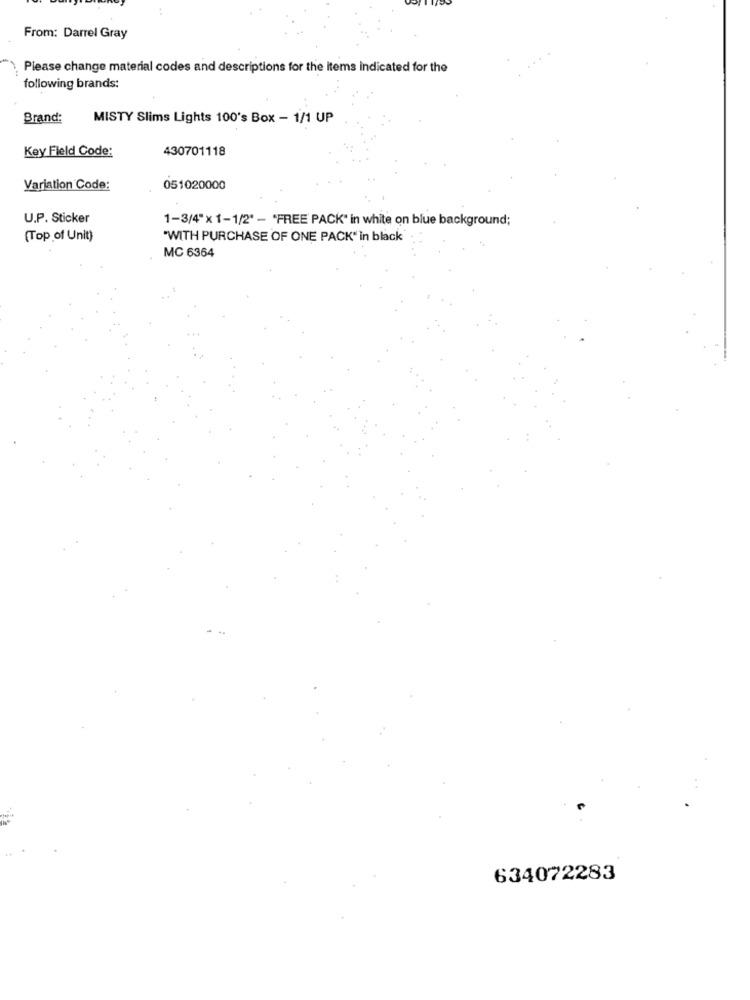
From: Darrel Gray
Please change material codes and descriptions for the items indicated for the
following brands:
Brand:
MISTY Slims Lights 100's Box - 1/1 UP
Key Field Code:
430701118
Variation Code:
051020000
U.P. Sticker
1-3/4"x 1-1/2" - "FREE PACK" in white on blue background;
(Top of Unit)
"WITH PURCHASE OF ONE PACK" in black
MC 6364
634072283